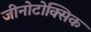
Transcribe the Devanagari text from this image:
जीनोटोक्सिक